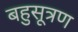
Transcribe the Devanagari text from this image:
बहुसूत्रण